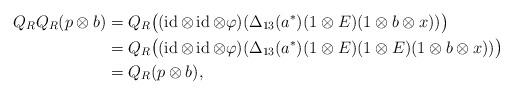
LaTeX: \begin{align*}Q_RQ_R(p\otimes b)&=Q_R\bigl((\operatorname{id}\otimes\operatorname{id}\otimes\varphi)(\Delta_{13}(a^*)(1\otimes E)(1\otimes b\otimes x))\bigr) \\&=Q_R\bigl((\operatorname{id}\otimes\operatorname{id}\otimes\varphi)(\Delta_{13}(a^*)(1\otimes E)(1\otimes E)(1\otimes b\otimes x))\bigr) \\&=Q_R(p\otimes b), \end{align*}